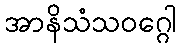
အာနိသံသဝဂ္ဂေါ